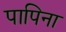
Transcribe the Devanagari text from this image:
पापिना